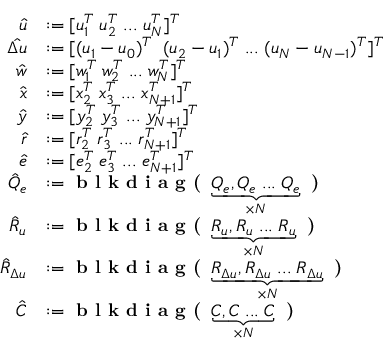
\begin{array} { r l } { \hat { u } } & { : = [ u _ { 1 } ^ { T } \; u _ { 2 } ^ { T } \; . . . \; u _ { N } ^ { T } ] ^ { T } } \\ { \hat { \Delta u } } & { : = [ ( u _ { 1 } - u _ { 0 } ) ^ { T } \; \; ( u _ { 2 } - u _ { 1 } ) ^ { T } \; . . . \; ( u _ { N } - u _ { N - 1 } ) ^ { T } ] ^ { T } } \\ { \hat { w } } & { : = [ w _ { 1 } ^ { T } \; w _ { 2 } ^ { T } \; . . . \; w _ { N } ^ { T } ] ^ { T } } \\ { \hat { x } } & { : = [ x _ { 2 } ^ { T } \; x _ { 3 } ^ { T } \; . . . \; x _ { N + 1 } ^ { T } ] ^ { T } } \\ { \hat { y } } & { : = [ y _ { 2 } ^ { T } \; y _ { 3 } ^ { T } \; . . . \; y _ { N + 1 } ^ { T } ] ^ { T } } \\ { \hat { r } } & { : = [ r _ { 2 } ^ { T } \; r _ { 3 } ^ { T } \; . . . \; r _ { N + 1 } ^ { T } ] ^ { T } } \\ { \hat { e } } & { : = [ e _ { 2 } ^ { T } \; e _ { 3 } ^ { T } \; . . . \; e _ { N + 1 } ^ { T } ] ^ { T } } \\ { \hat { Q } _ { e } } & { : = \textbf { b l k d i a g ( } \underbrace { Q _ { e } , Q _ { e } \; . . . \; Q _ { e } } _ { \times N } \textbf { ) } } \\ { \hat { R } _ { u } } & { : = \textbf { b l k d i a g ( } \underbrace { R _ { u } , R _ { u } \; . . . \; R _ { u } } _ { \times N } \textbf { ) } } \\ { \hat { R } _ { \Delta u } } & { : = \textbf { b l k d i a g ( } \underbrace { R _ { \Delta u } , R _ { \Delta u } \; . . . \; R _ { \Delta u } } _ { \times N } \textbf { ) } } \\ { \hat { C } } & { : = \textbf { b l k d i a g ( } \underbrace { C , C \; . . . \; C } _ { \times N } \textbf { ) } } \end{array}